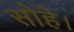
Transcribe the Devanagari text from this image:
सोहे।